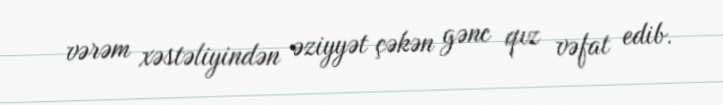
vərəm xəstəliyindən əziyyət çəkən gənc qız vəfat edib.